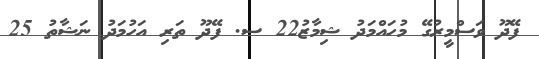
ފޭދޫ ވަސްމީރުގޭ މުހައްމަދު ޝިމާޒު22 ސ. ފޭދޫ ތަރި އަހުމަދު ނަޝާތު 25